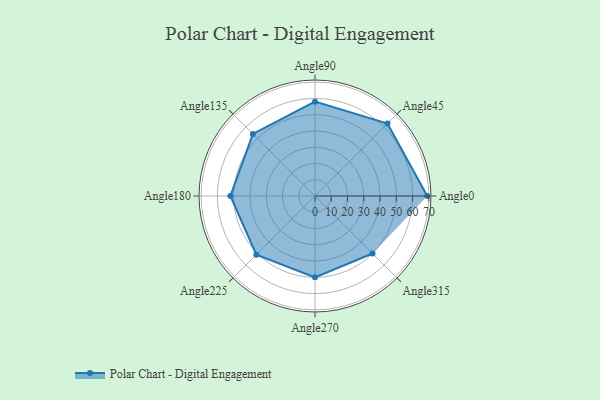
{"axis": {"x": "Angle", "y": "Radius"}, "legend": [""], "data": [{"x": "Angle0", "y": 69.0, "type": ""}, {"x": "Angle45", "y": 63.0, "type": ""}, {"x": "Angle90", "y": 58.0, "type": ""}, {"x": "Angle135", "y": 54.0, "type": ""}, {"x": "Angle180", "y": 52.0, "type": ""}, {"x": "Angle225", "y": 51.0, "type": ""}, {"x": "Angle270", "y": 50, "type": ""}, {"x": "Angle315", "y": 50, "type": ""}]}